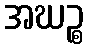
အဃဉ္စ